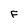
Character: F